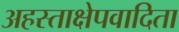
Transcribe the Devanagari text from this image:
अहस्ताक्षेपवादिता